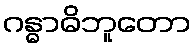
ဂန္ဓာဓိဘူတော